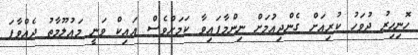
ހޮނިހިރު ދުވަހު ކުރިއަށް ގެންދިއުަމަށް ނިންމާފައިވާ ކަމަށްވެސް އައިކް ވަނީ މައުލޫމާތު ދެއްވާފަ